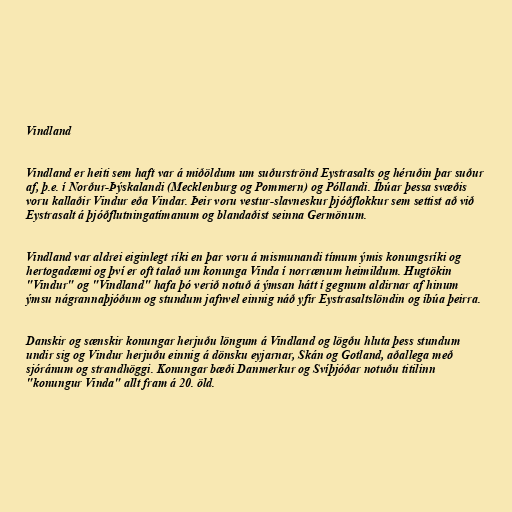
Vindland

Vindland er heiti sem haft var á miðöldum um suðurströnd Eystrasalts og héruðin þar suður
af, þ.e. í Norður-Þýskalandi (Mecklenburg og Pommern) og Póllandi. Íbúar þessa svæðis
voru kallaðir Vindur eða Vindar. Þeir voru vestur-slavneskur þjóðflokkur sem settist að við
Eystrasalt á þjóðflutningatímanum og blandaðist seinna Germönum.

Vindland var aldrei eiginlegt ríki en þar voru á mismunandi tímum ýmis konungsríki og
hertogadæmi og því er oft talað um konunga Vinda í norrænum heimildum. Hugtökin
"Vindur" og "Vindland" hafa þó verið notuð á ýmsan hátt í gegnum aldirnar af hinum
ýmsu nágrannaþjóðum og stundum jafnvel einnig náð yfir Eystrasaltslöndin og íbúa þeirra.

Danskir og sænskir konungar herjuðu löngum á Vindland og lögðu hluta þess stundum
undir sig og Vindur herjuðu einnig á dönsku eyjarnar, Skán og Gotland, aðallega með
sjóránum og strandhöggi. Konungar bæði Danmerkur og Svíþjóðar notuðu titilinn
"konungur Vinda" allt fram á 20. öld.